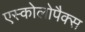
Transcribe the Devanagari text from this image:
एस्कोलोपैक्स